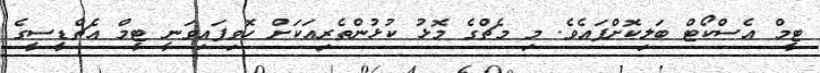
ޓީމް އެސްކޯޓް ބަލިކޮށްފައެވެ. މި މެޗްގެ މޮޅު ކުޅުންތެރިއަކަށް ހޮވިފައިވަނީ ޓީމް އެޗްޑީސީގެ